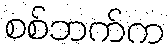
စစ်ဘက်က